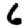
Digit: 6